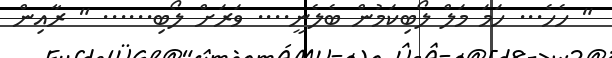
" ހެހެ... ހަމަ މަލް ލޯބިކަމުން ބެލެނީ.... ވަރަށް ލޯބި...... " ރާއިން